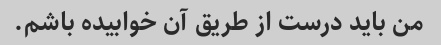
من باید درست از طریق آن خوابیده باشم.